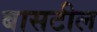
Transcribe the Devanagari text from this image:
बासटील